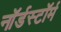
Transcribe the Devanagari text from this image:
नॉर्डस्टॉर्म